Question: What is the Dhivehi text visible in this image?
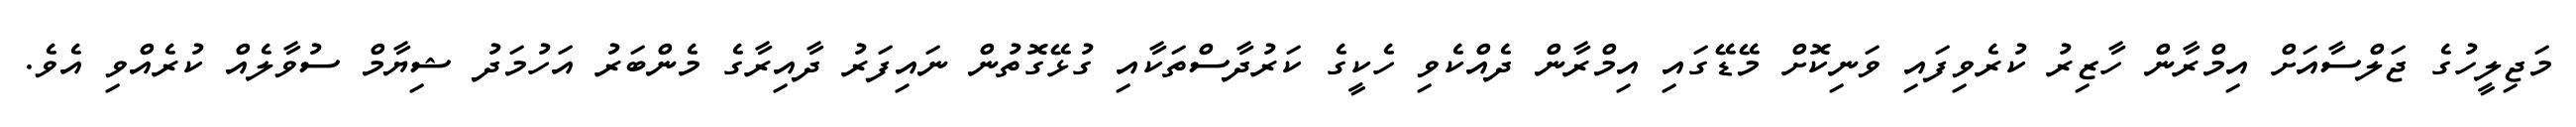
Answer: މަޖިލީހުގެ ޖަލްސާއަށް އިމްރާން ހާޒިރު ކުރެވިފައި ވަނިކޮށް މޭޑޭގައި އިމްރާން ދެއްކެވި ހެކީގެ ކަރުދާސްތަކާއި ގުޅޭގޮތުން ނައިފަރު ދާއިރާގެ މެންބަރު އަހުމަދު ޝިޔާމް ސުވާލެއް ކުރެއްވި އެވެ.